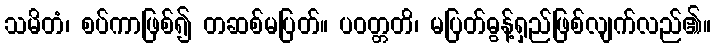
သမိတံ၊ စပ်ကာဖြစ်၍ တဆစ်မပြတ်။ ပဝတ္တတိ၊ မပြတ်ဓွန့်ရှည်ဖြစ်လျက်လည်၏။